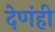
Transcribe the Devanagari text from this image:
देणंही